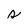
Character: s